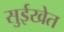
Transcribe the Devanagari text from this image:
सुईखेत